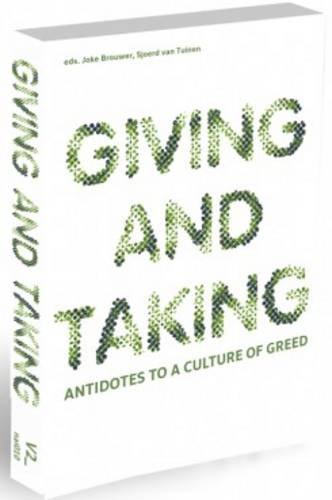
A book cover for Giving and Taking: Antidotes to a Culture of Greed; Peter Sloterdijk; Arts & Photography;